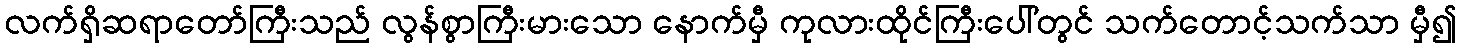
လက်ရှိဆရာတော်ကြီးသည် လွန်စွာကြီးမားသော နောက်မှီ ကုလားထိုင်ကြီးပေါ်တွင် သက်တောင့်သက်သာ မှီ၍